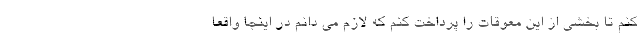
کنم تا بخشی از این معوقات را پرداخت کنم که لازم می دانم در اینجا واقعا